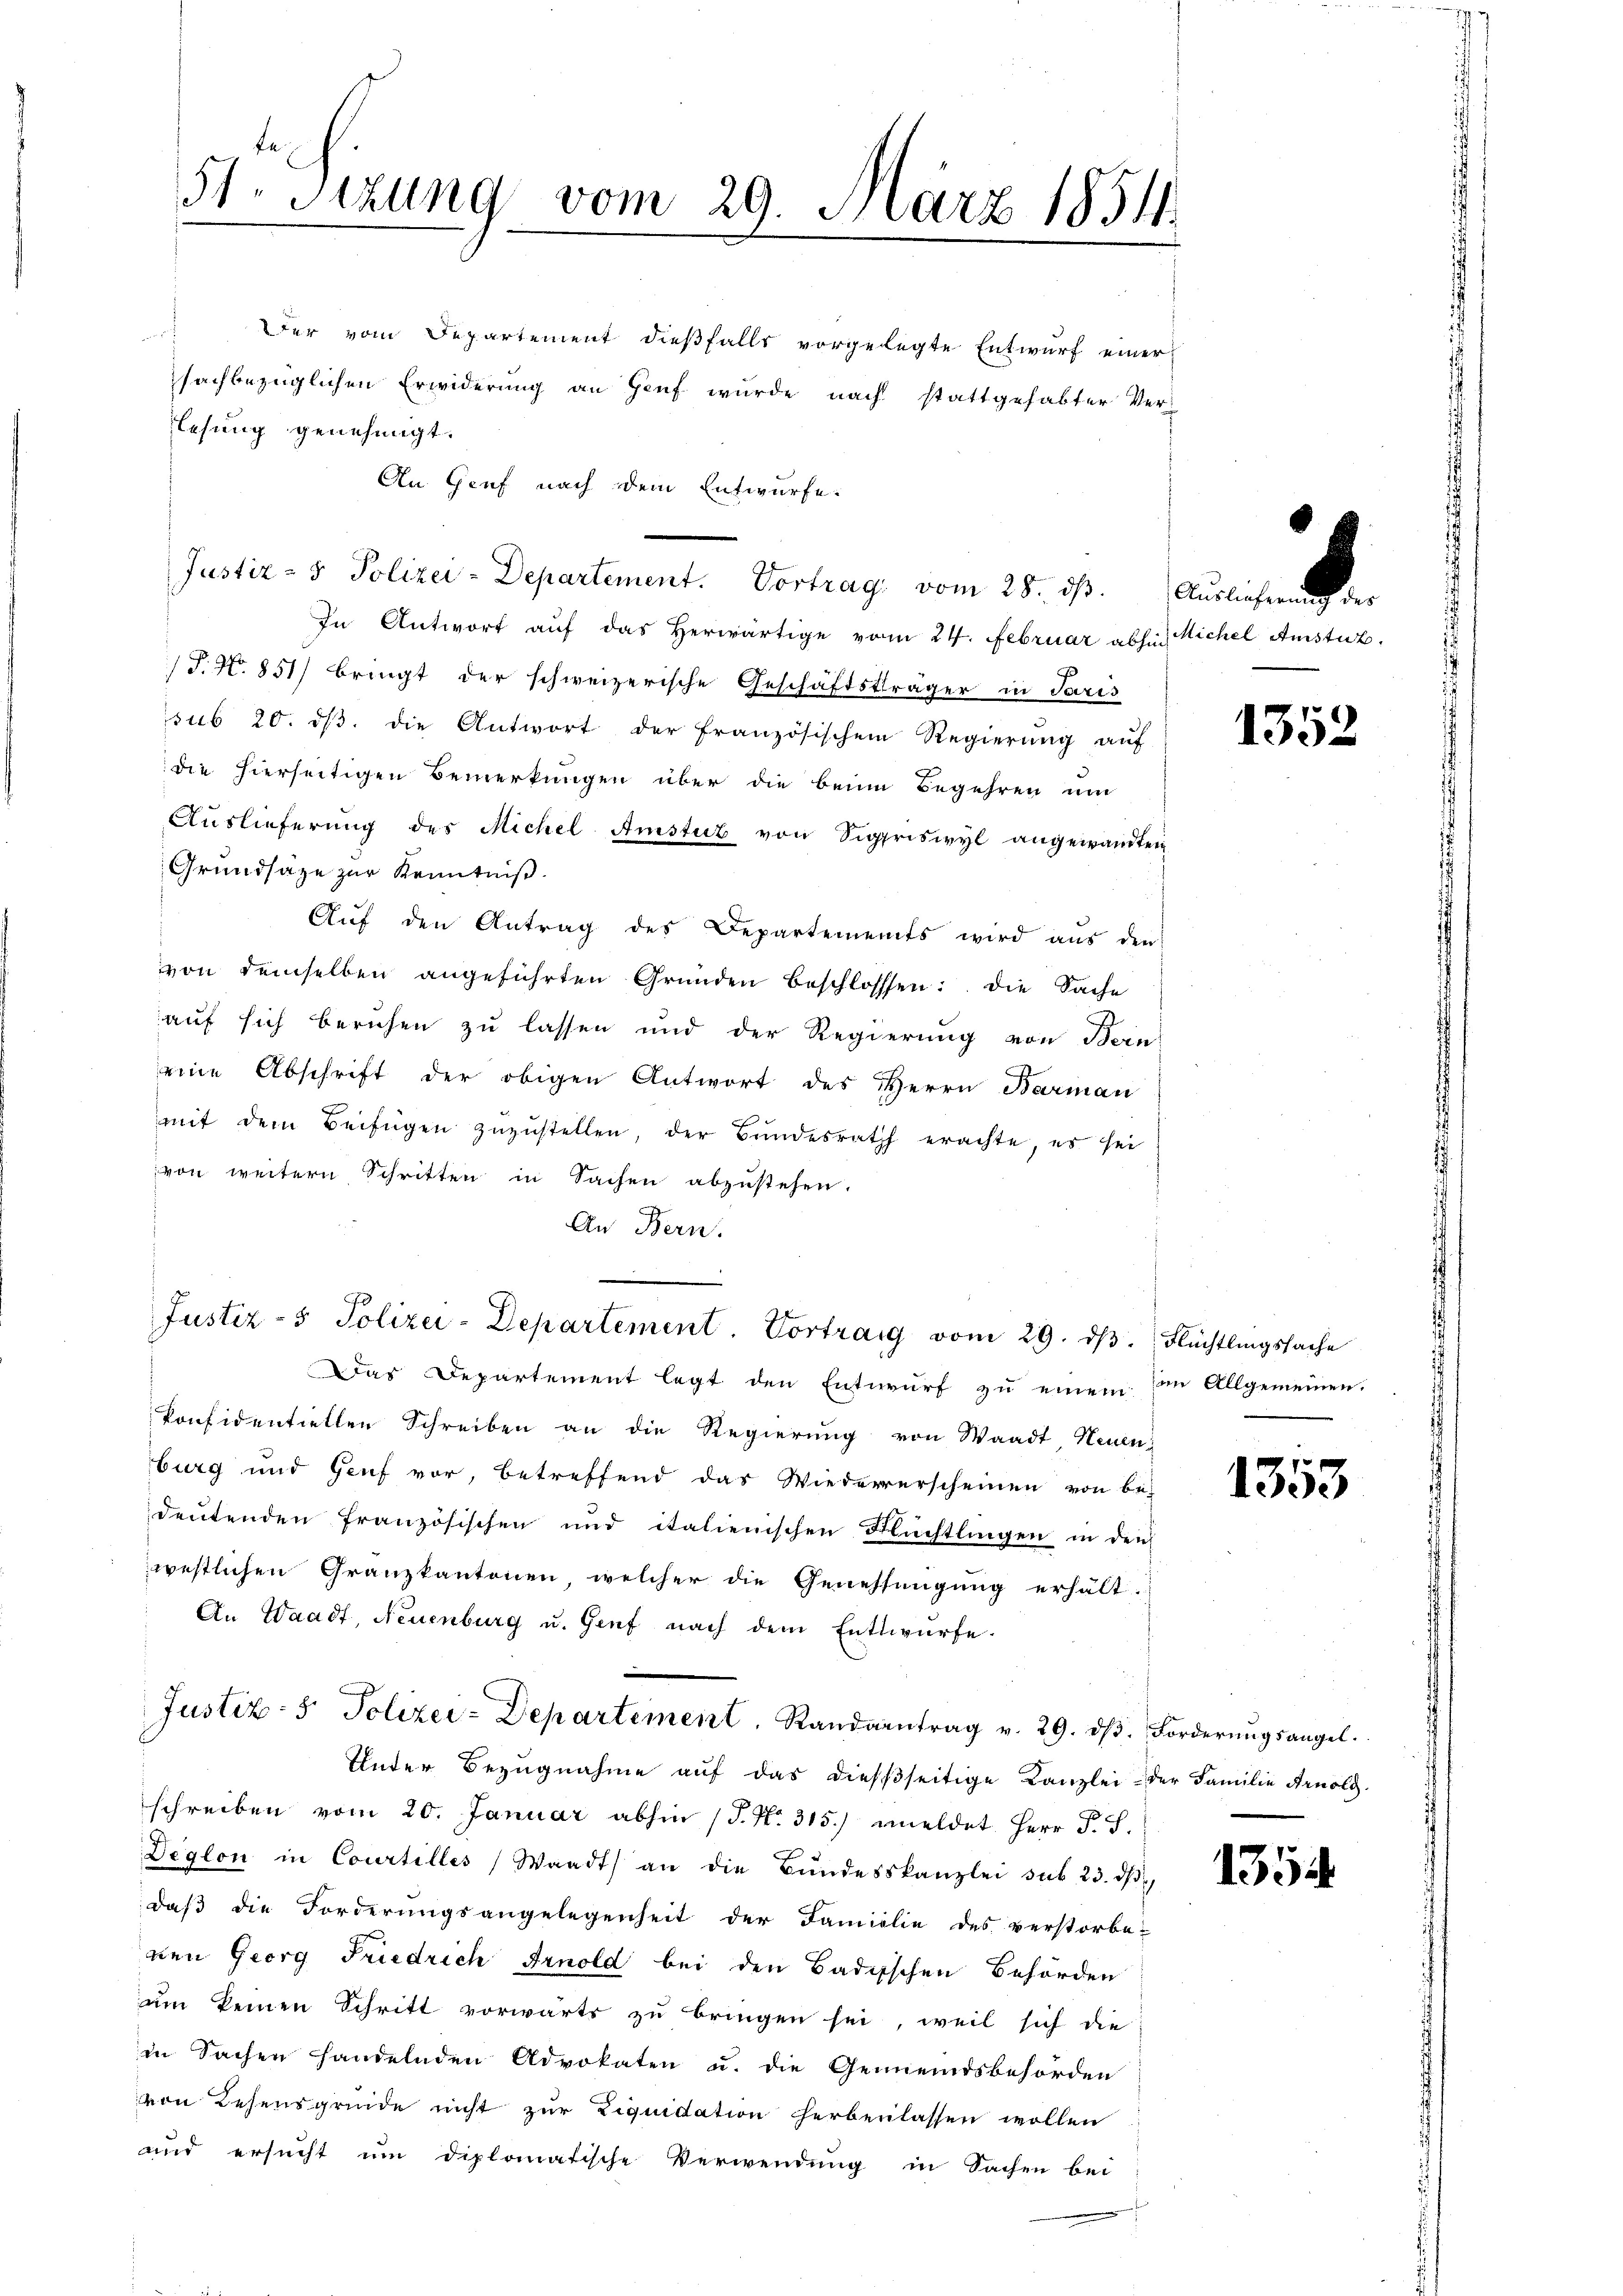
Der vom Departement dießfalls vorgelegte Entwurf einer
sachbezüglichen Erwiderung an Heuf wurde nach stattgehabter Ver-
lesung genehmigt.
In Antwort auf das Herwärtige vom 24. Februar absich Michel Amstur
J.N. 851) bringt der schweizerische Geschäftsträger in Paris
sub 20. dβ. die Antwort der französischem Regierŭng aŭf
die hierseitigen Bemerkungen über die beim Begehren um
Aŭslieferŭng des Michel Amsturz von Sigriswyl angewandten
Grundsätze zur Kenntniß.
Aŭf den Antrag des Departements wird aus den
von demselben angeführten Gründen beschlossen: die Sache
auf sich beruhen zu lassen und der Regierung von Bern
seine Abschrift der obigen Antwort des Herrn Barman
mit dem Beifügen zŭzŭstellen, der Bŭndesrath erachte, es sei
von weitern Schritten in Sachen abzustehen.
An Bern.
Justiz- & Polizei-Departement. Vortrag vom 29. dβ. Flüchtlingssache
Das Departement legt den Entwurf zu einem im Allgemeinen.
konfidentiellen Schreiben an die Regierung von Waadt Neuen
burg und Genf vor, betreffend das Wiederverscheinen von be-
deŭtenden französischen und italienischen Flüchtlingen in der
westlichen Granzkantonen, welcher die Genehsangung erhält-
An Waadt, Neuenburg u. Genf nach dem Enttwürfe.
Justiz- & Polizei-Departement, Randantrag v. 29. dβ. Forderŭngsangel.
Unter Bezugnahme auf das dießseitige Kanzlei- der Familie Arnold
schreiben vom 20. Januar abhin (T. N. 315.) meldet Herr P. S.
Deglon in Courtilles Waadt an die Bundesskanzlei sub 23. ds.
daß die Forderungsangelegenheit der Familie des verstorbe-
nen Georg Friedrich Arnold bei den Badischen Behörden
um keinen Schritt vorwärts zu bringen sei, weil sich die
in Sachen handelnden Advokaten u. die Gemeindsbehörden
von Lesensgründe nicht zur Liquidation herbenlassen wollen
und ersucht um diplomatische Verwendung in Sachen bei

51 Sizung vom 29. März 1854.

An Genf nach dem Entwurfe.
Justiz- & Polizei-Departement. Vortrag vom 28. ds. Auslichen er

1352

1353

1354